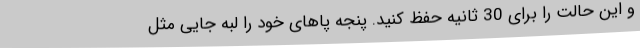
و این حالت را برای 30 ثانیه حفظ کنید. پنجه پاهای خود را لبه جایی مثل